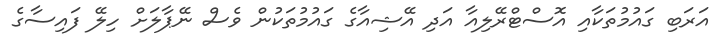
އަރަބި ގައުމުތަކާއި އޮސްޓްރޭލިއާ އަދި އޭޝިއާގެ ގައުމުތަކުން ވެސް ނޭޕާލަށް ހިލޭ ފައިސާގެ